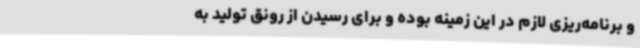
و برنامه‌ریزی لازم در این زمینه بوده و برای رسیدن از رونق تولید به